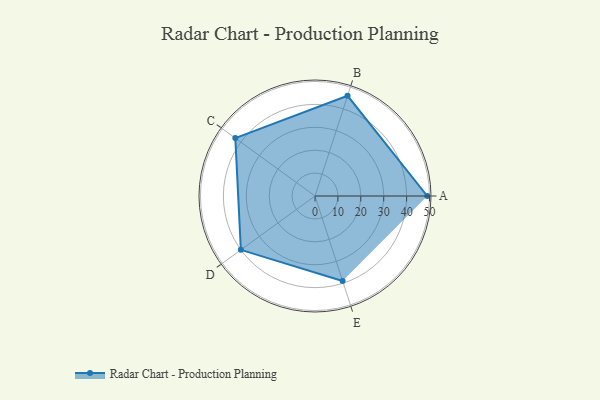
{"axis": {"x": "Skill", "y": "Score"}, "legend": ["Profile"], "data": [{"x": "A", "y": 49.0, "type": "Profile"}, {"x": "B", "y": 46.0, "type": "Profile"}, {"x": "C", "y": 43.0, "type": "Profile"}, {"x": "D", "y": 40.0, "type": "Profile"}, {"x": "E", "y": 39.0, "type": "Profile"}]}